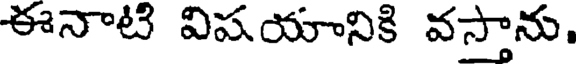
ఈనాటి విషయానికి వస్తాను,